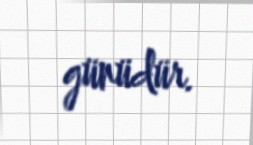
günüdür.